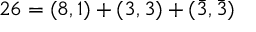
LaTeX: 2 6 = ( 8 , 1 ) + ( 3 , 3 ) + ( \bar { 3 } , \bar { 3 } )